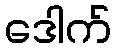
ဒေါက်